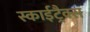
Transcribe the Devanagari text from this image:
स्काईट्रैक्स